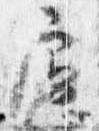
慮